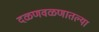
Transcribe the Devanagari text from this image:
दळणवळणातल्या